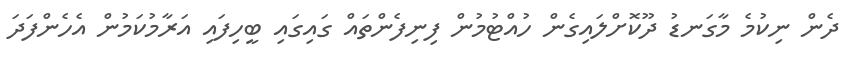
ދެން ނިކުމެ މާގަނޑު ދޫކޮށްލައިގެން ހުއްޓުމުން ފިނިފެންތައް ގައިގައި ބީހިފައި އަރާމުކަމުން އެހެންފަދަ